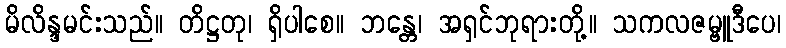
မိလိန္ဒမင်းသည်။ တိဋ္ဌတု၊ ရှိပါစေ။ ဘန္တေ၊ အရှင်ဘုရားတို့။ သကလဇမ္ဗူဒီပေ၊